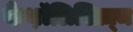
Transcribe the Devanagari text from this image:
कैथ़ॉलिसिज़्म